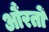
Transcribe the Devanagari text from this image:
औंरतों